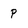
Character: P